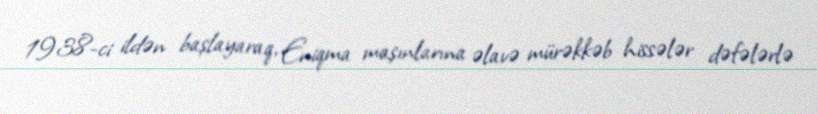
1938-ci ildən başlayaraq, Eniqma maşınlarına əlavə mürəkkəb hissələr dəfələrlə